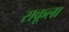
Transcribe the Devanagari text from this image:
सकूला